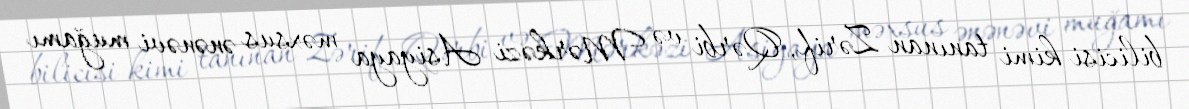
bilicisi kimi tanınan Zərif, Qərbi və Mərkəzi Asiyaya məxsus ənənəvi muğamı